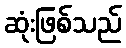
ဆုံးဖြစ်သည်